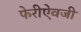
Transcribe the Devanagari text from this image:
फेरीऐवजी